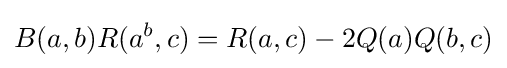
\displaystyle {B(a,b)R(a^{b},c)=R(a,c)-2Q(a)Q(b,c)}